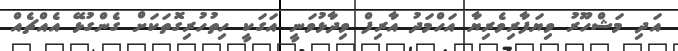
އަދި މަޝްހޫރު ވިޔަފާރިވެރިޔާ އަހްމަދު އާރިފް ވިދާޅުވަނީ އަގަކީ ހިތުހުރިގޮތަކަށް ގެންގުޅޭ އެއްޗެއް